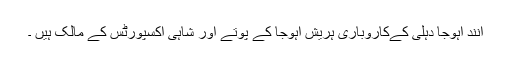
آنند آہوجا دہلی کےکاروباری ہریش آہوجا کے پوتے اور شاہی اکسپورٹس کے مالک ہیں ۔